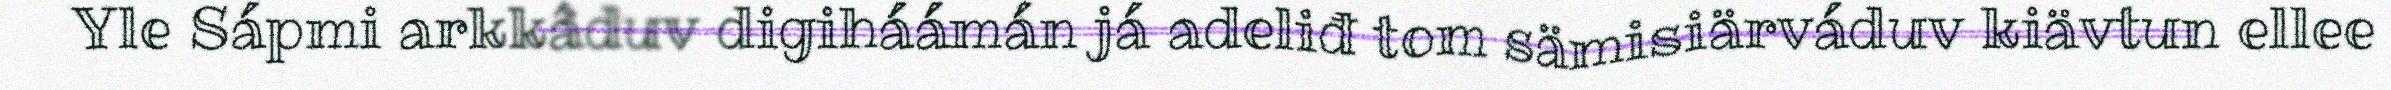
Yle Sápmi arkkâduv digiháámán já adeliđ tom sämisiärváduv kiävtun ellee